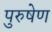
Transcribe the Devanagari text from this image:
पुरुषेण